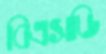
বিএসডি